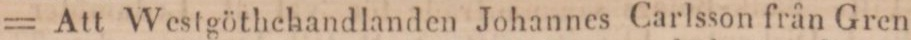
= Att Westgöthchandlanden Johannes Carlsson från Gren-